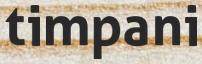
timpani